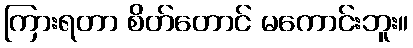
ကြားရတာ စိတ်တောင် မကောင်းဘူး။